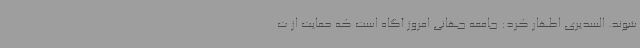
شوند. السدیری اظهار کرد: جامعه جهانی امروز آگاه است که حمایت از ت